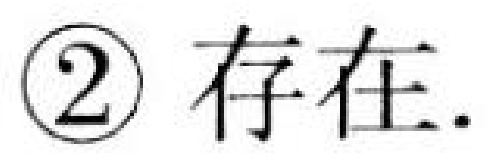
\textcircled{2} 存在.